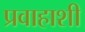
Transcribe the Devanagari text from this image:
प्रवाहाशी